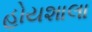
હોયશાલા